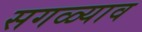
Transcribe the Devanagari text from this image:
सगळ्याव